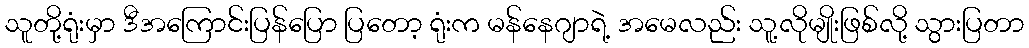
သူတို့ရုံးမှာ ဒီအကြောင်းပြန်ပြော ပြတော့ ရုံးက မန်နေဂျာရဲ့ အမေလည်း သူ့လိုမျိုးဖြစ်လို့ သွားပြတာ